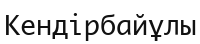
Кендірбайұлы